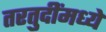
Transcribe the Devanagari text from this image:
तरतुदींमध्ये